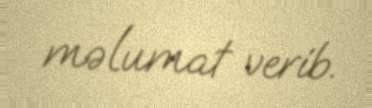
məlumat verib.